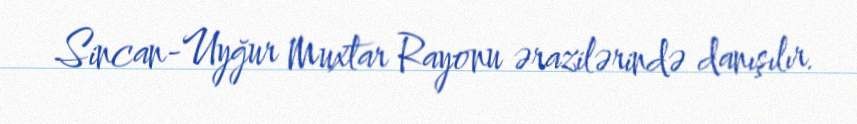
Sincan-Uyğur Muxtar Rayonu ərazilərində danışılır.